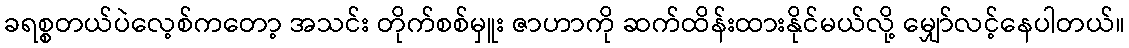
ခရစ္စတယ်ပဲလေ့စ်ကတော့ အသင်း တိုက်စစ်မှူး ဇာဟာကို ဆက်ထိန်းထားနိုင်မယ်လို့ မျှော်လင့်နေပါတယ်။